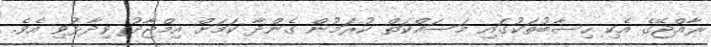
ރާއްޖޭގެ އެކި ހިސާބުތަކުގައި މަސައްކަތް ކުރަމުން ގެންދާ ކަމަށް އިމްޖާދު ވިދާޅުވި އެވެ.